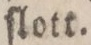
ſlott.